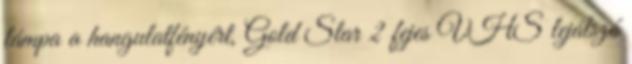
lámpa a hangulatfényért, Gold Star 2 fejes VHS lejátszó